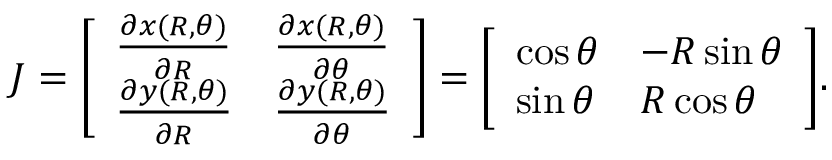
J = { \left[ \begin{array} { l l } { { \frac { \partial x ( R , \theta ) } { \partial R } } } & { { \frac { \partial x ( R , \theta ) } { \partial \theta } } } \\ { { \frac { \partial y ( R , \theta ) } { \partial R } } } & { { \frac { \partial y ( R , \theta ) } { \partial \theta } } } \end{array} \right] } = { \left[ \begin{array} { l l } { \cos \theta } & { - R \sin \theta } \\ { \sin \theta } & { R \cos \theta } \end{array} \right] } .